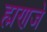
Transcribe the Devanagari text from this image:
ह्मणजे